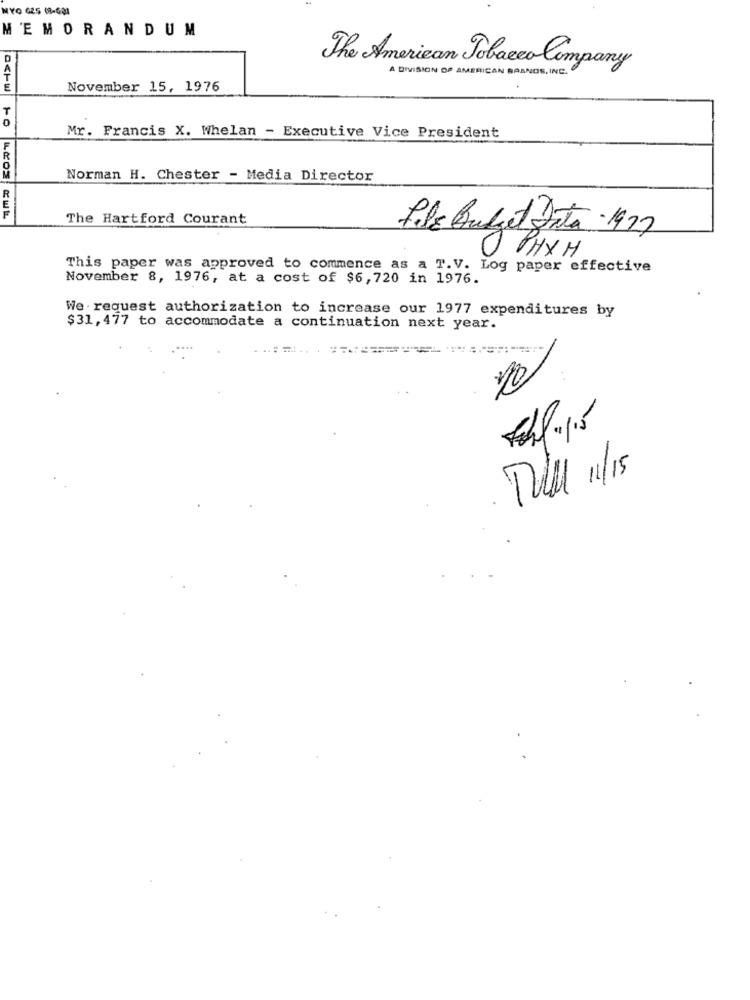
NYO 625 (8-631
MEMORANDUM
The American Tobacco Company
A DIVISION OF AMERICAN BRANDS, INC.
November 15, 1976
T
Mr. Francis X. Whelan - Executive Vice President
Norman H. Chester - Media Director
The Hartford Courant
O PHXH
This paper was approved to commence as a T.V. Log paper effective
November 8, 1976, at a cost of $6,720 in 1976.
We request authorization to increase our 1977 expenditures by
$31, 477 to accommodate a continuation next year.
Till 11/15